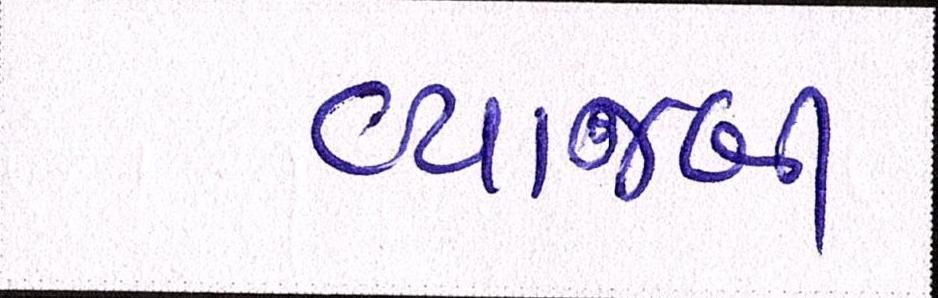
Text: વ્યાજબી